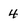
Character: 4